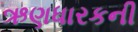
ઋણધારકની